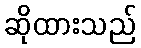
ဆိုထားသည်